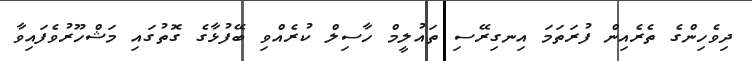
ދިވެހިންގެ ތެރެއިން ފުރަތަމަ އިނގިރޭސި ތައުލީމް ހާސިލް ކުރެއްވި ބޭފުޅާގެ ގޮތުގައި މަޝްހޫރުވެފައިވާ